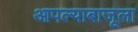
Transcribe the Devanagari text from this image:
आपल्याबाजूला